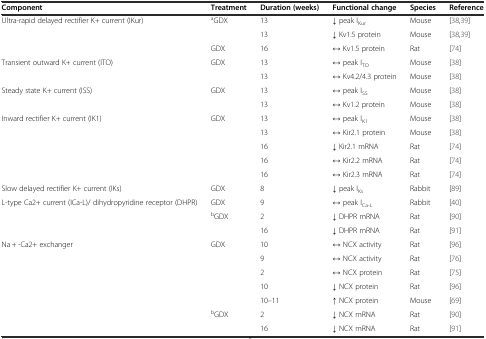
<table><thead><tr><td><b>Component</b></td><td><b>Treatment</b></td><td><b>Duration (weeks)</b></td><td><b>Functional change</b></td><td><b>Species</b></td><td><b>Reference</b></td></tr></thead><tbody><tr><td rowspan="3">Ultra-rapid delayed rectifier K+ current (IKur)</td><td rowspan="2"><sup>a</sup>GDX</td><td>13</td><td>↓ peak I<sub>Kur</sub></td><td>Mouse</td><td>[38,39]</td></tr><tr><td>13</td><td>↓ Kv1.5 protein</td><td>Mouse</td><td>[38,39]</td></tr><tr><td>GDX</td><td>16</td><td>↔ Kv1.5 protein</td><td>Rat</td><td>[74]</td></tr><tr><td rowspan="2">Transient outward K+ current (ITO)</td><td rowspan="2">GDX</td><td>13</td><td>↔ peak I<sub>TO</sub></td><td>Mouse</td><td>[38]</td></tr><tr><td>13</td><td>↔ Kv4.2/4.3 protein</td><td>Mouse</td><td>[38]</td></tr><tr><td rowspan="2">Steady state K+ current (ISS)</td><td rowspan="2">GDX</td><td>13</td><td>↔ peak I<sub>SS</sub></td><td>Mouse</td><td>[38]</td></tr><tr><td>13</td><td>↔ Kv1.2 protein</td><td>Mouse</td><td>[38]</td></tr><tr><td rowspan="5">Inward rectifier K+ current (IK1)</td><td rowspan="5">GDX</td><td>13</td><td>↔ peak I<sub>K1</sub></td><td>Mouse</td><td>[38]</td></tr><tr><td>13</td><td>↔ Kir2.1 protein</td><td>Mouse</td><td>[38]</td></tr><tr><td>16</td><td>↓ Kir2.1 mRNA</td><td>Rat</td><td>[74]</td></tr><tr><td>16</td><td>↔ Kir2.2 mRNA</td><td>Rat</td><td>[74]</td></tr><tr><td>16</td><td>↔ Kir2.3 mRNA</td><td>Rat</td><td>[74]</td></tr><tr><td>Slow delayed rectifier K+ current (IKs)</td><td>GDX</td><td>8</td><td>↓ peak I<sub>Ks</sub></td><td>Rabbit</td><td>[89]</td></tr><tr><td rowspan="3">L-type Ca2+ current (ICa-L)/ dihydropyridine receptor (DHPR)</td><td>GDX</td><td>9</td><td>↔ peak I<sub>Ca-L</sub></td><td>Rabbit</td><td>[40]</td></tr><tr><td rowspan="2"><sup>b</sup>GDX</td><td>2</td><td>↓ DHPR mRNA</td><td>Rat</td><td>[90]</td></tr><tr><td>16</td><td>↓ DHPR mRNA</td><td>Rat</td><td>[91]</td></tr><tr><td rowspan="7">Na + -Ca2+ exchanger</td><td rowspan="4">GDX</td><td>10</td><td>↔ NCX activity</td><td>Rat</td><td>[96]</td></tr><tr><td>9</td><td>↔ NCX activity</td><td>Rat</td><td>[76]</td></tr><tr><td>2</td><td>↔ NCX protein</td><td>Rat</td><td>[75]</td></tr><tr><td>10</td><td>↓ NCX protein</td><td>Rat</td><td>[96]</td></tr><tr><td></td><td>10–11</td><td>↑ NCX protein</td><td>Mouse</td><td>[69]</td></tr><tr><td rowspan="2"><sup>b</sup>GDX</td><td>2</td><td>↓ NCX mRNA</td><td>Rat</td><td>[90]</td></tr><tr><td>16</td><td>↓ NCX mRNA</td><td>Rat</td><td>[91]</td></tr></tbody></table>